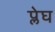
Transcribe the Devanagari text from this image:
प्लेघ